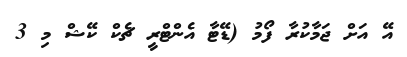
އޭ އަށް ޖަމާކުރާ ފޯމު (ޑޭޓާ އެންޓްރީ ޗެކް ކޭޝް މި 3